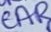
Text: CAR